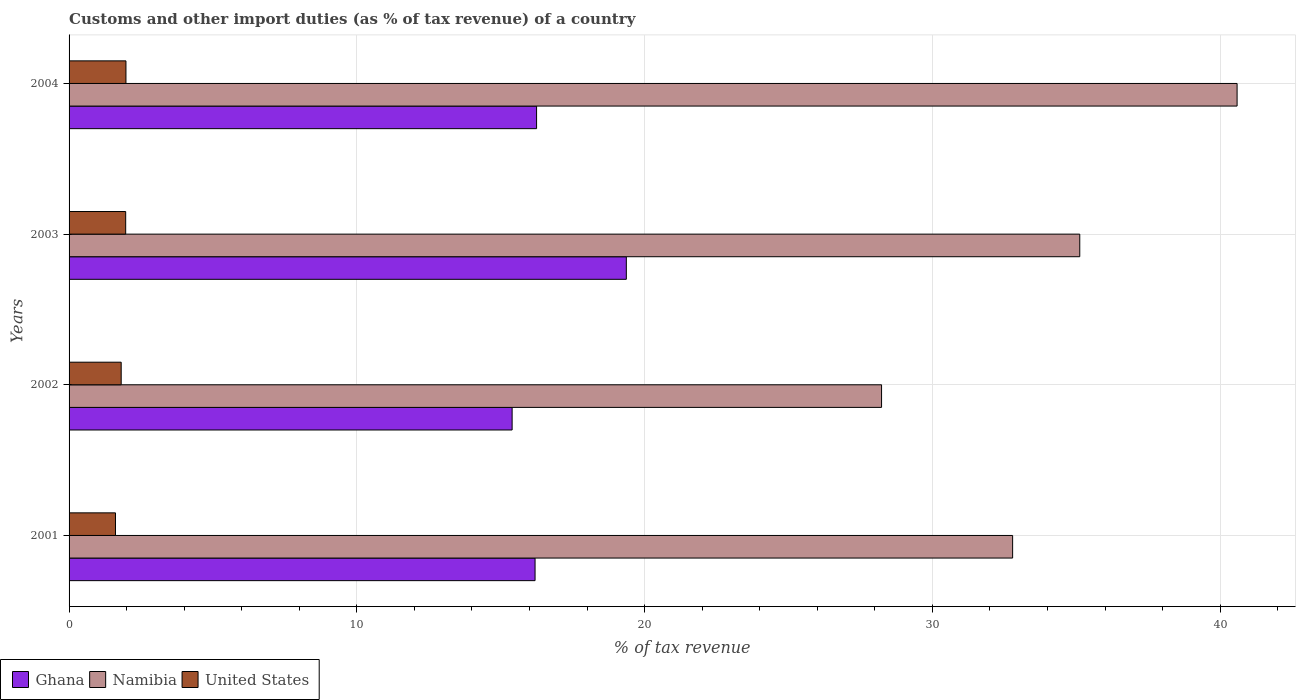
| Years | Ghana | Namibia | United States |
 | --- | --- | --- | --- |
 | 2001 | 16.2 | 32.8 | 1.61 |
 | 2002 | 15.4 | 28.2 | 1.81 |
 | 2003 | 19.4 | 35.1 | 1.97 |
 | 2004 | 16.2 | 40.6 | 1.98 |